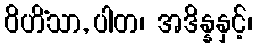
ဝိဟိံသာ, ပါတ၊ အဒိန္နနှင့်၊